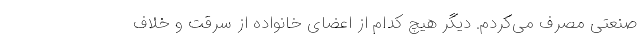
صنعتی مصرف می‌کردم. دیگر هیچ کدام از اعضای خانواده از سرقت و خلاف